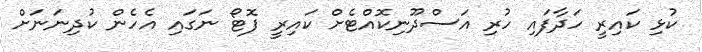
ކުޅި ކައިރީ ހަދާފައި ހުރި އަސްދޫނިކޮއްޓެށް ކައިރީ ފޮޓޯ ނަގައި އެހެން ކުދިނަނަށް